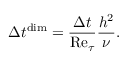
\Delta t ^ { \mathrm { d i m } } = \frac { \Delta t } { \mathrm { R e } _ { \tau } } \frac { h ^ { 2 } } { \nu } .